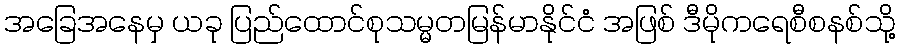
အခြေအနေမှ ယခု ပြည်ထောင်စုသမ္မတမြန်မာနိုင်ငံ အဖြစ် ဒီမိုကရေစီစနစ်သို့